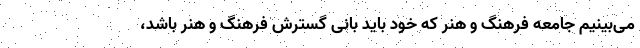
می‌بینیم جامعه فرهنگ و هنر که خود باید بانی گسترش فرهنگ و هنر باشد،